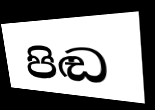
පිඬ